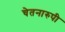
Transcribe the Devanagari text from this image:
चेतनारुपी